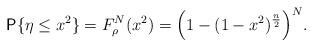
LaTeX: \begin{align*}{\sf P}\{\eta\leq x^2\} = F_\rho^N(x^2) = \Bigl(1-(1-x^2)^{\frac{n}{2}}\Bigr)^N.\end{align*}